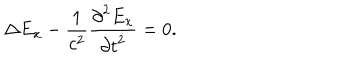
\Delta E _ { x } - \frac { 1 } { c ^ { 2 } } \frac { { \partial } ^ { 2 } E _ { x } } { { \partial t } ^ { 2 } } = 0 .